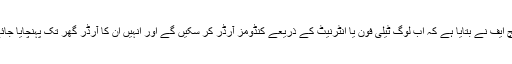
اے ایچ ایف نے بتایا ہے کہ اب لوگ ٹیلی فون یا انٹرنیٹ کے ذریعے کنڈومز آرڈر کر سکیں گے اور انہیں ان کا آرڈر گھر تک پہنچایا جائے گا۔